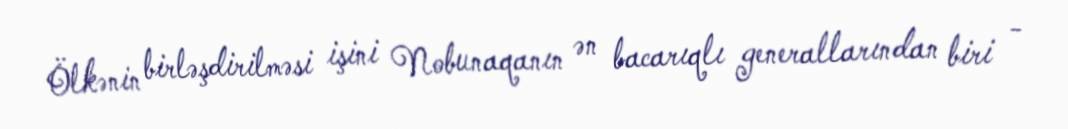
Ölkənin birləşdirilməsi işini Nobunaqanın ən bacarıqlı generallarından biri -